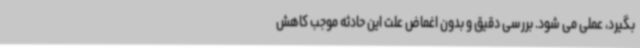
بگیرد، عملی می شود. بررسی دقیق و بدون اغماض علت این حادثه موجب کاهش